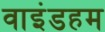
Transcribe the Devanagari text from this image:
वाइंडहम